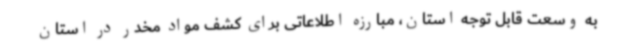
به وسعت قابل توجه استان، مبارزه اطلاعاتی برای کشف مواد مخدر در استان